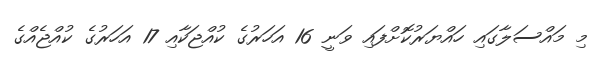
މި މައްސަލާގައި ހައްޔަރުކޮށްފައި ވަނީ 16 އަހަރުގެ ކުއްޖަކާއި 17 އަހަރުގެ ކުއްޖެއްގެ